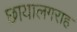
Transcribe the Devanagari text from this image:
छायालगराह